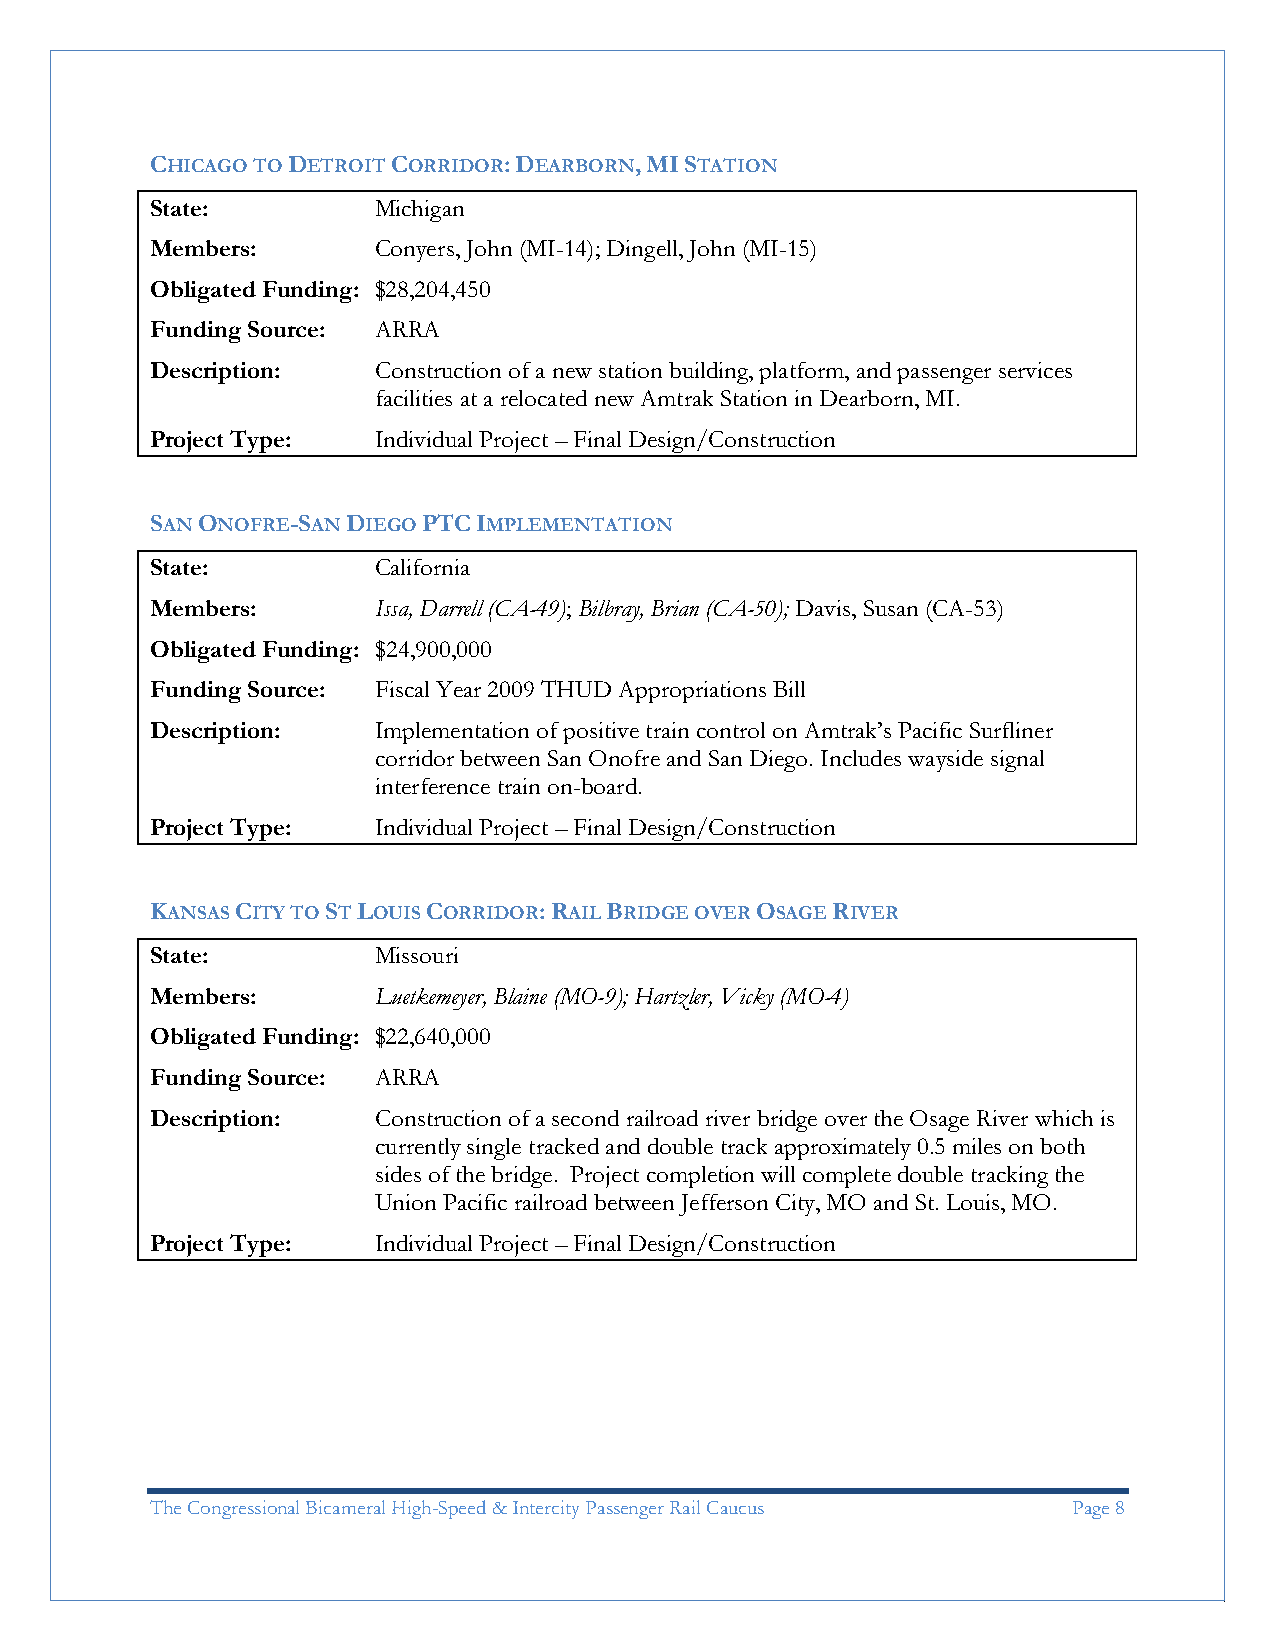
CHICAGO TO DETROIT CORRIDOR: DEARBORN, MI STATION
 State:         Michigan
 Members:       Conyers, John (MI-14); Dingell, John (MI-15)
 Obligated Funding: $28,204,450
 Funding Source: ARRA
 Description:   Construction of a new station building, platform, and passenger services
 facilities at a relocated new Amtrak Station in Dearborn, MI.
 Project Type:  Individual Project – Final Design/Construction
 SAN ONOFRE-SAN DIEGO PTC IMPLEMENTATION
 State:         California
 Members:       Issa, Darrell (CA-49); Bilbray, Brian (CA-50); Davis, Susan (CA-53)
 Obligated Funding: $24,900,000
 Funding Source: Fiscal Year 2009 THUD Appropriations Bill
 Description:   Implementation of positive train control on Amtrak’s Pacific Surfliner
 corridor between San Onofre and San Diego. Includes wayside signal
 interference train on-board.
 Project Type:  Individual Project – Final Design/Construction
 KANSAS CITY TO ST LOUIS CORRIDOR: RAIL BRIDGE OVER OSAGE RIVER
 State:         Missouri
 Members:       Luetkemeyer, Blaine (MO-9); Hartzler, Vicky (MO-4)
 Obligated Funding: $22,640,000
 Funding Source: ARRA
 Description:   Construction of a second railroad river bridge over the Osage River which is
 currently single tracked and double track approximately 0.5 miles on both
 sides of the bridge. Project completion will complete double tracking the
 Union Pacific railroad between Jefferson City, MO and St. Louis, MO.
 Project Type:  Individual Project – Final Design/Construction
 The Congressional Bicameral High-Speed & Intercity Passenger Rail Caucus Page 8